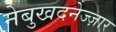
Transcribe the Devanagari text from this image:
नेबुखदनेज्ज़ार